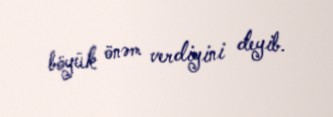
böyük önəm verdiyini deyib.